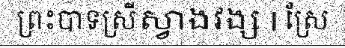
ព្រះបាទស្រីស្វាងវង្ស | ស្រែ